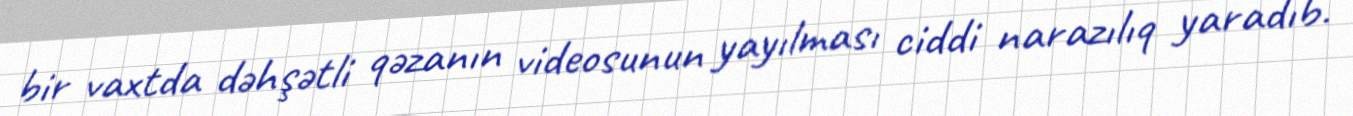
bir vaxtda dəhşətli qəzanın videosunun yayılması ciddi narazılıq yaradıb.